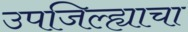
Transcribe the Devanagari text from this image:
उपजिल्ह्याचा